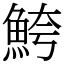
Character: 鮬